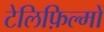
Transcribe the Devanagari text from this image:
टेलिफ़िल्मों